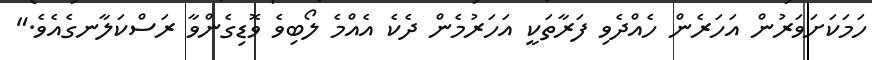
ހަމަކަށަވަރުން އަހަރެން ހެއްދެވި ފަރާތަކީ އަހަރުމެން ދެކެ އެއްމެ ލޯބިވެ ވޮޑިގެންވާ ރަސްކަލާނގެއެވެ."